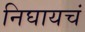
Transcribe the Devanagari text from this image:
निघायचं